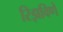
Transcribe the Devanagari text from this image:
रिझविणे